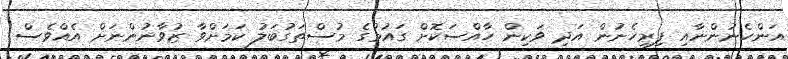
އަންހެނުންނާއި ފިރިހެނުން އަދި ވަކިން ހާއްސަކޮށް ގައުމުގެ މުސްތަގުބަލު ކަމަށްވާ ޒުވާނުންނަށް އެއްވެސް